Document type: Sale
Year: 1305
Scribe: Bernat de Vilarúbia
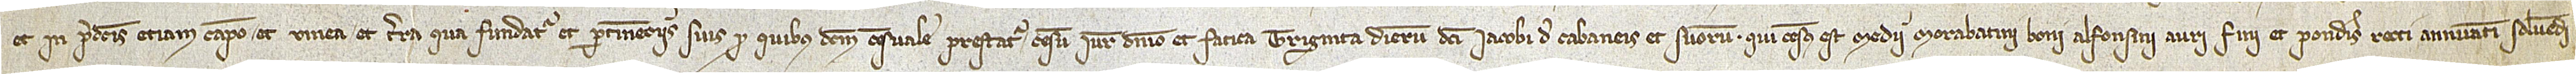
et in predictis etiam campo et vinea et terra qua fundatur et pertinenciis suis pro quibus dictum censuale prestatur censu, iure, dominio et fatica triginta dierum dicti Iacobi de Cabaneis et suorum. Qui census est medii morabatini boni alfonsini auri fini et ponderis recti annuatim solvendi